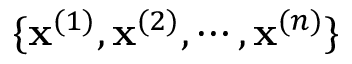
\{ \mathbf { x } ^ { ( 1 ) } , \mathbf { x } ^ { ( 2 ) } , \cdots , \mathbf { x } ^ { ( n ) } \}